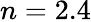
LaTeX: n=2.4